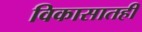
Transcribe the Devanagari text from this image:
विकासातही